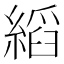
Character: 縚